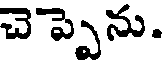
చెప్పెను.